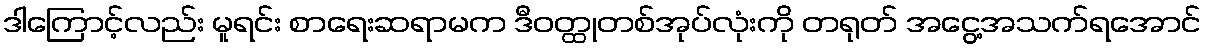
ဒါကြောင့်လည်း မူရင်း စာရေးဆရာမက ဒီဝတ္ထုတစ်အုပ်လုံးကို တရုတ် အငွေ့အသက်ရအောင်